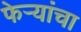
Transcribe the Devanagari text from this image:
फेर्‍यांचा